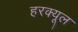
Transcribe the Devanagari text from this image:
हरक्यूल